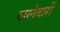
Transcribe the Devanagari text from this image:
खातेदारों